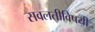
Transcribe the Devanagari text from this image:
सवलतीविषयी